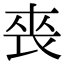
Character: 䘮